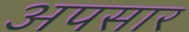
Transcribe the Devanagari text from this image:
अपसार